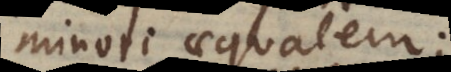
minori aequalem;